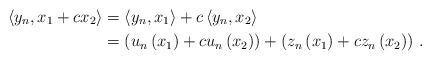
LaTeX: \begin{align*}\left\langle y_{n},x_{1}+cx_{2}\right\rangle & =\left\langle y_{n},x_{1}\right\rangle +c\left\langle y_{n},x_{2}\right\rangle \\& =\left( u_{n}\left( x_{1}\right) +cu_{n}\left( x_{2}\right) \right)+\left( z_{n}\left( x_{1}\right) +cz_{n}\left( x_{2}\right) \right) \,.\end{align*}